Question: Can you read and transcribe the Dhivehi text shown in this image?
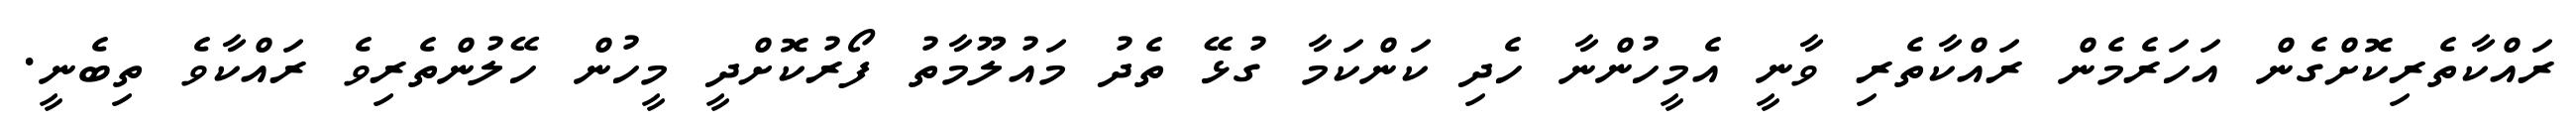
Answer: ރައްކާތެރިކޮށްގެން އަހަރެމެން ރައްކާތެރި ވާނީ އެމީހުންނާ ހެދި ކަންކަމާ ގުޅޭ ތެދު މައުލޫމާތު ފޯރުކޮށްދީ މީހުން ހޭލުންތެރިވެ ރައްކާވެ ތިބެނީ.